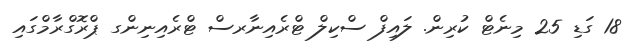
18 ގަޑި 25 މިނެޓް ކުރިން. ލައިފް ސްކިލް ޓްރެއިނާރސް ޓްރެއިނިންގ ޕްރޮގްރާމްގައި